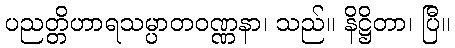
ပညတ္တိဟာရသမ္ပာတဝဏ္ဏနာ၊ သည်။ နိဋ္ဌိတာ၊ ပြီ။